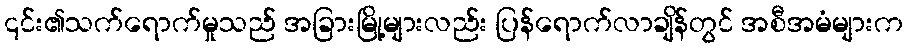
၎င်း၏သက်ရောက်မှုသည် အခြားမြို့များလည်း ပြန်ရောက်လာချိန်တွင် အစီအမံများက